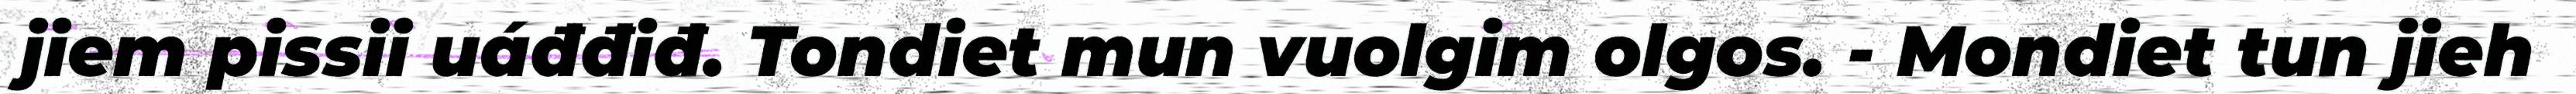
jiem pissii uáđđiđ. Tondiet mun vuolgim olgos. - Mondiet tun jieh